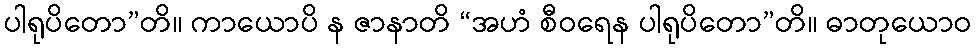
ပါရုပိတော”တိ။ ကာယောပိ န ဇာနာတိ “အဟံ စီဝရေန ပါရုပိတော”တိ။ ဓာတုယောဝ